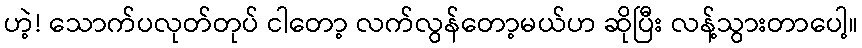
ဟဲ့! သောက်ပလုတ်တုပ် ငါတော့ လက်လွန်တော့မယ်ဟ ဆိုပြီး လန့်သွားတာပေါ့။